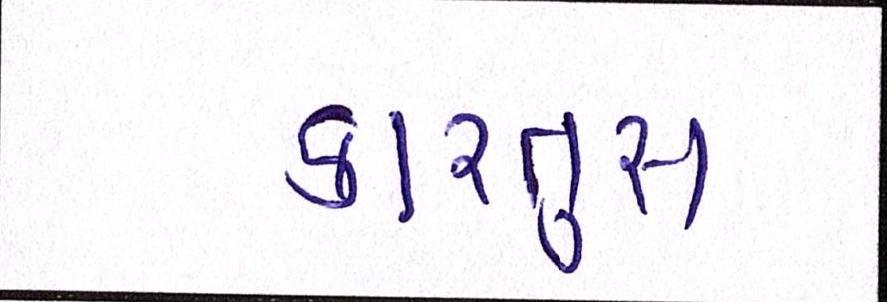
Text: કારતુસ